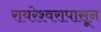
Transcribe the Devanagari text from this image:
रायरेश्वरापासून